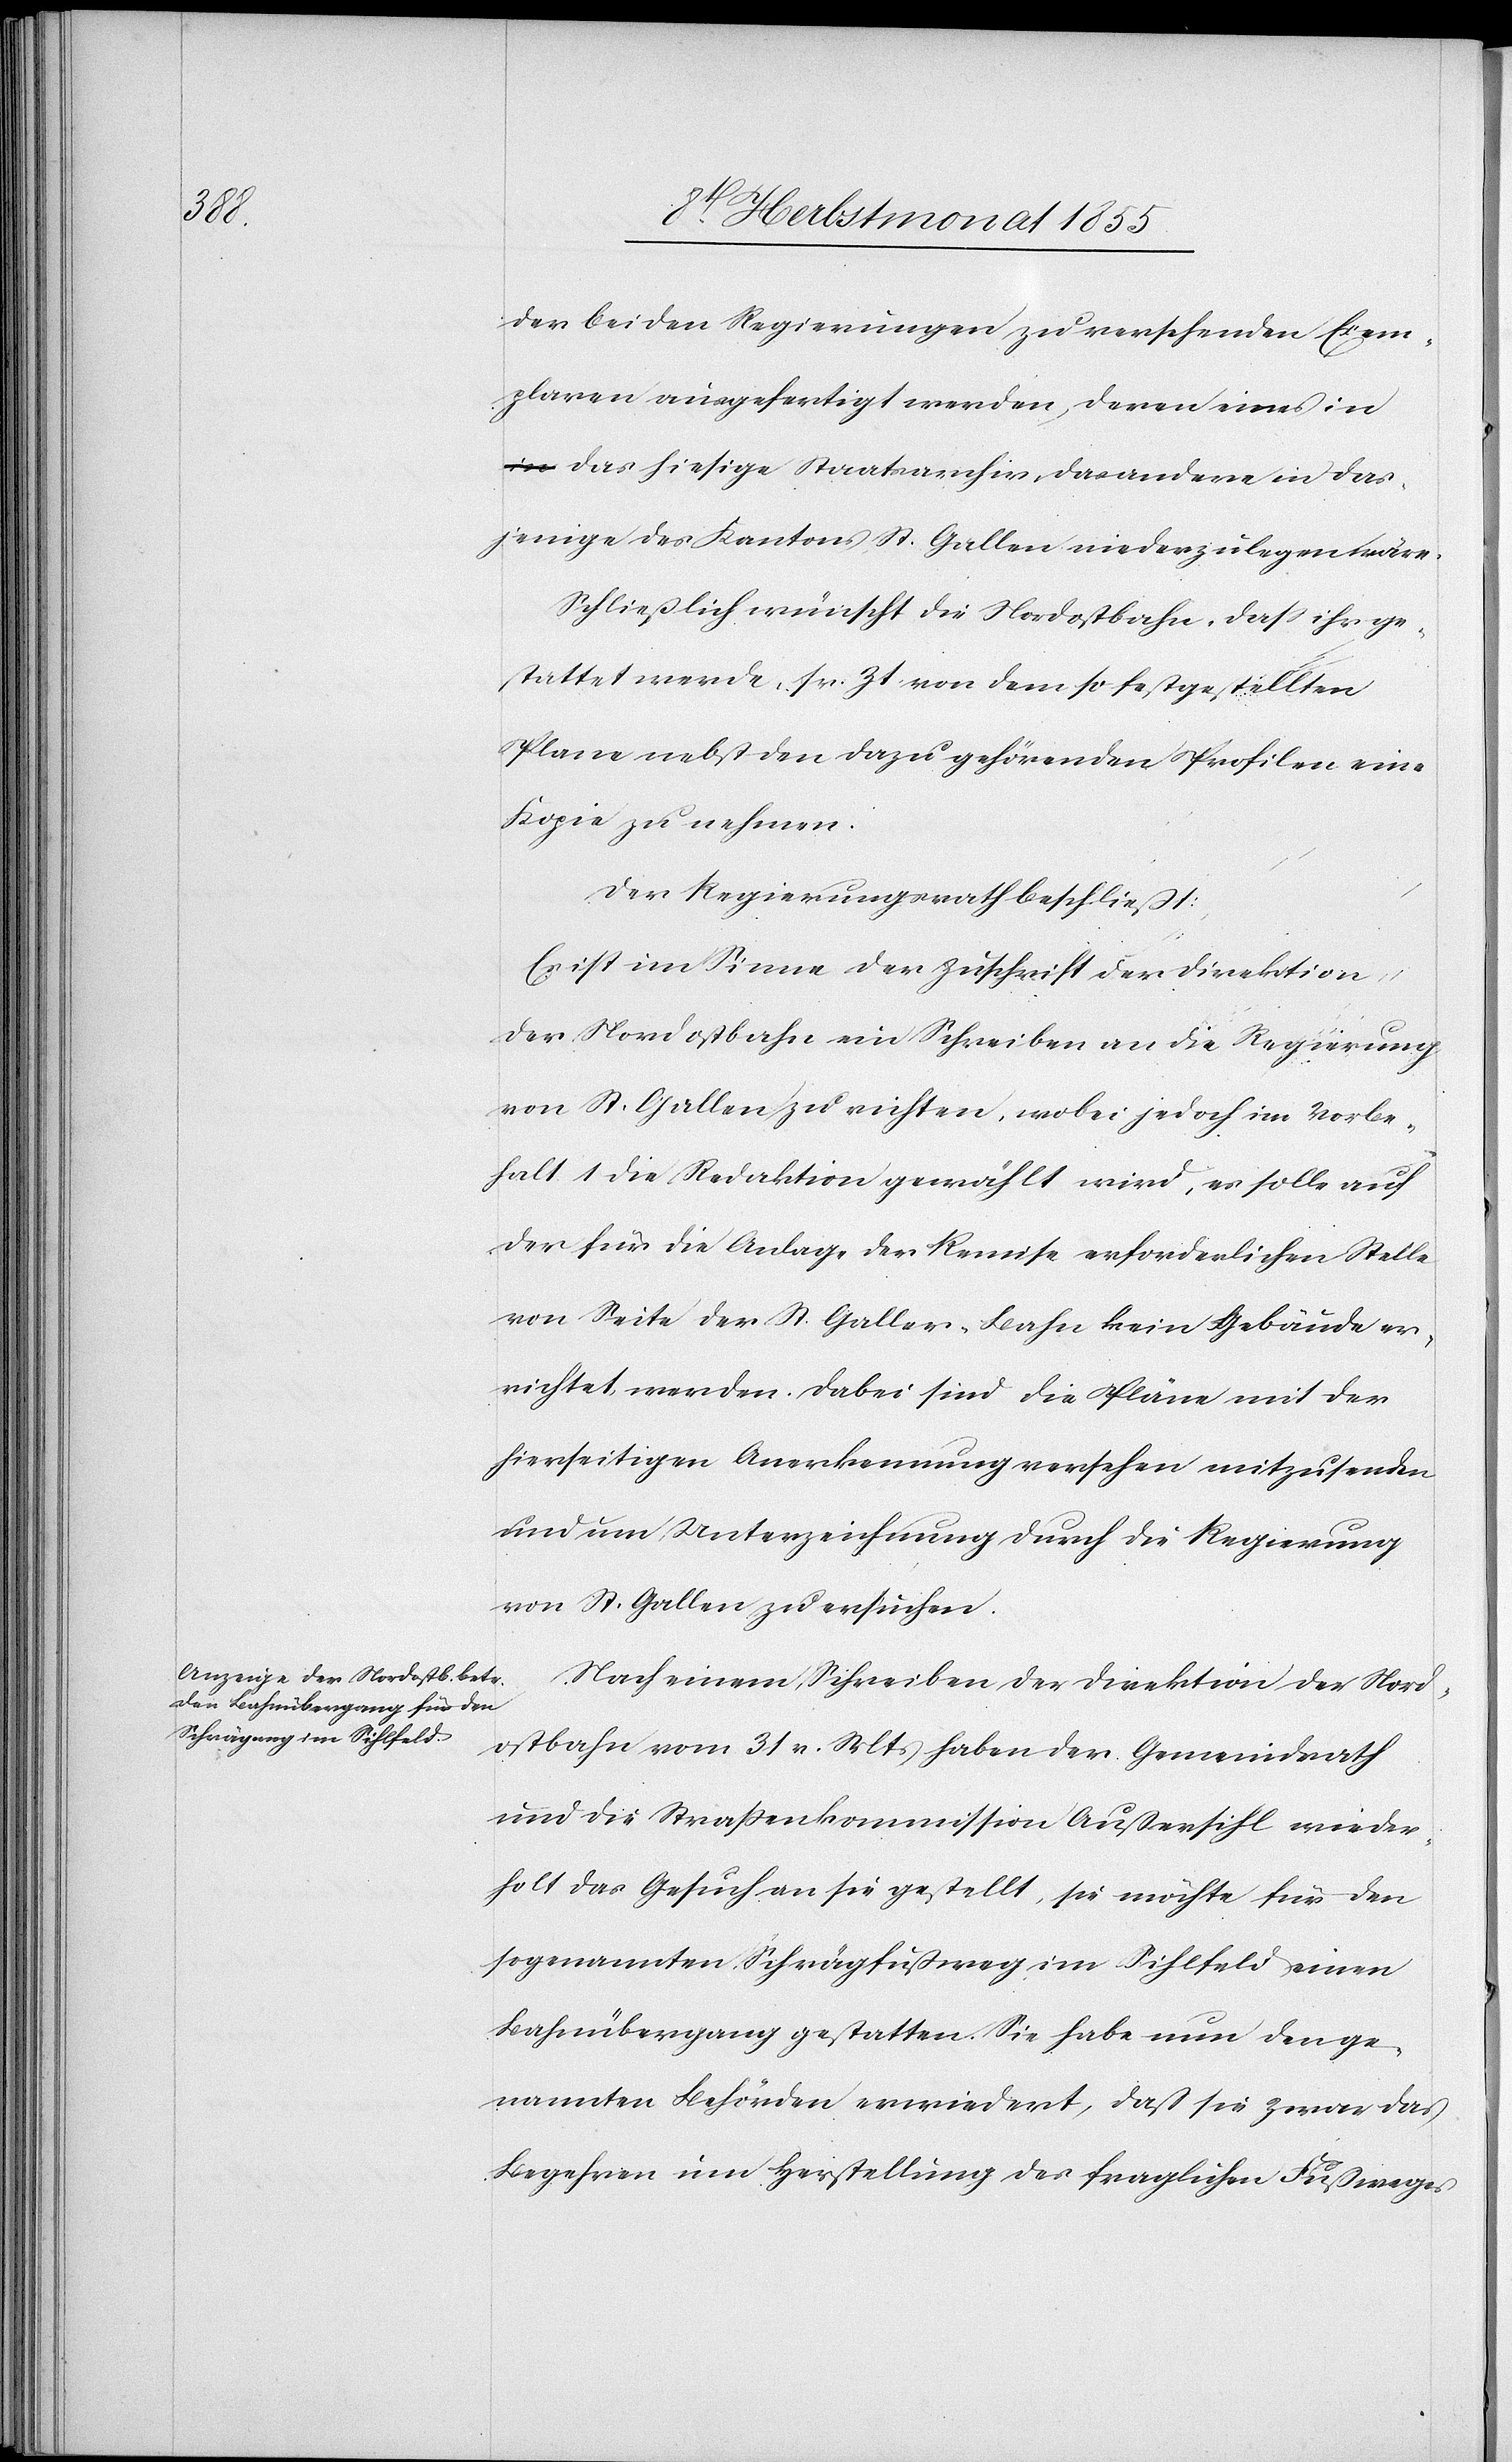
der beiden Regierungen zu versehenden Exem¬
plaren ausgefertigt werden, deren eines in
a-in-a das hiesige Staatsarchiv, das andere in das¬
jenige des Kantons St. Gallen niederzulegen wäre.
Schließlich wünscht die Nordostbahn, dass ihr ge¬
stattet werde, sr. Zt. von dem so festgestellten
Plane nebst den dazu gehörenden Profilen eine
Kopie zu nehmen.
Der Regierungsrath beschließt:
Es ist im Sinne der Zuschrift der Direktion
der Nordostbahn ein Schreiben an die Regierung
von St. Gallen zu richten, wobei jedoch im Vorbe¬
halt 1 die Redaktion gewählt wird, es solle auf
der für die Anlage der Remise erforderlichen Stelle
von Seite der St. Galler-Bahn kein Gebäude er¬
richtet werden. Dabei sind die Pläne mit der
hierseitigen Anerkennung versehen mitzusenden
und um Unterzeichnung durch die Regierung
von St. Gallen zu ersuchen.
Nach einem Schreiben der Direktion der Nord¬
ostbahn vom 31 v. Mts haben der Gemeindrath
und die Straßenkommission Außersihl wieder¬
holt das Gesuch an sie gestellt, sie möchte für den
sogenannten Schrägfußweg im Sihlfeld einen
Bahnübergang gestatten. Sie habe nun den ge¬
nannten Behörden erwiedert, daß sie zwar das
Begehren um Herstellung des fraglichen Fußweges